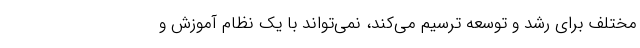
مختلف برای رشد و توسعه ترسیم می‌کند، نمی‌تواند با یک نظام آموزش ‌و